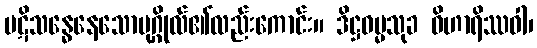
ပဋိသန္ဓေနေသောပုဂ္ဂိုလ်၏လည်းကောင်း။ ဒိဋ္ဌဓမ္မသုခ ဝိဟာရိဿဝါ၊